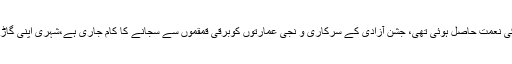
اس دن برصغیرکے مسلمانوں کو آزادی کی نعمت حاصل ہوئی تھی، جشن آزادی کے سرکاری و نجی عمارتوں کوبرقی قمقموں سے سجانے کا کام جاری ہے،شہری اپنی گاڑیوں کو قومی پرچموں سے سجا رہے ہیں۔